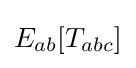
E_{ab}[T_{abc}]